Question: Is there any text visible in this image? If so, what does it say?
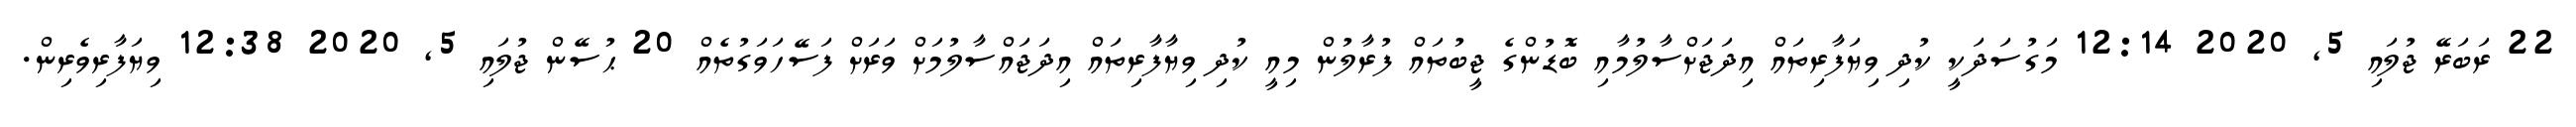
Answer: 22 ރަބަރޭ ޖުލައި 5, 2020 12:14 މަގުސަދަކީ ކުދި ވިޔަފާރިތައް އިދަޖަށްސާލުމާއި ބޮޑުންގެ ޖީބުތައް ފުރާލުން މިއީ ކުދި ވިޔާފާރިތައް އިދަޖައްސާލުމަށް ވަރަށް ފަސޭހަވަގުތެއް 20 ޙުސޭން ޖުލައި 5, 2020 12:38 ވިޔަފާރިވެރިން.